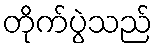
တိုက်ပွဲသည်